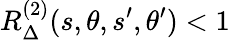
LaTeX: R_{\Delta}^{(2)}(s,\theta,s^{\prime},\theta^{\prime})<1